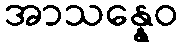
အာသန္နေဝ